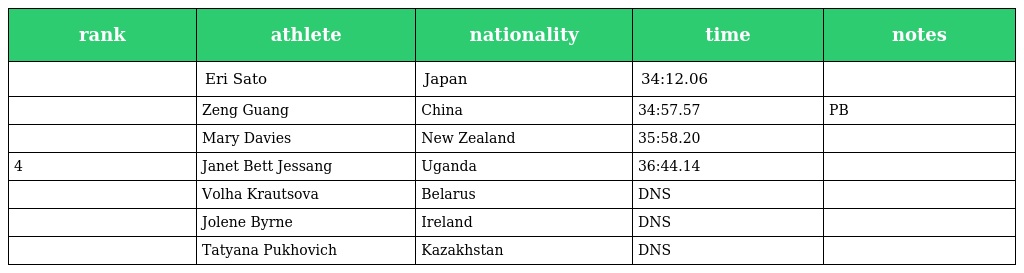
| rank | athlete | nationality | time | notes |
 | --- | --- | --- | --- | --- |
 |  | Eri Sato | Japan | 34:12.06 |  |
 |  | Zeng Guang | China | 34:57.57 | PB |
 |  | Mary Davies | New Zealand | 35:58.20 |  |
 | 4 | Janet Bett Jessang | Uganda | 36:44.14 |  |
 |  | Volha Krautsova | Belarus | DNS |  |
 |  | Jolene Byrne | Ireland | DNS |  |
 |  | Tatyana Pukhovich | Kazakhstan | DNS |  |